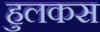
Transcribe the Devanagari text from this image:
हुलकस